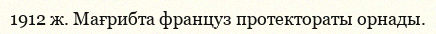
1912 ж. Мағрибта француз протектораты орнады.